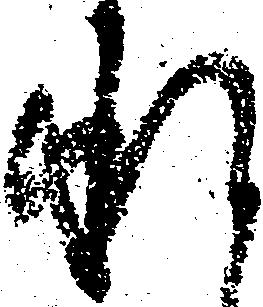
承